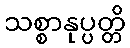
သစ္စာနုပ္ပတ္တိ